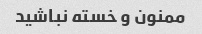
ممنون و خسته نباشید